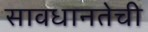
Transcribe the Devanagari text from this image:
सावधानतेची